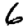
Digit: 6